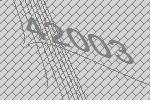
42003